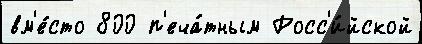
вм'е́сто 800 п'еча́тным Росс'и́йской